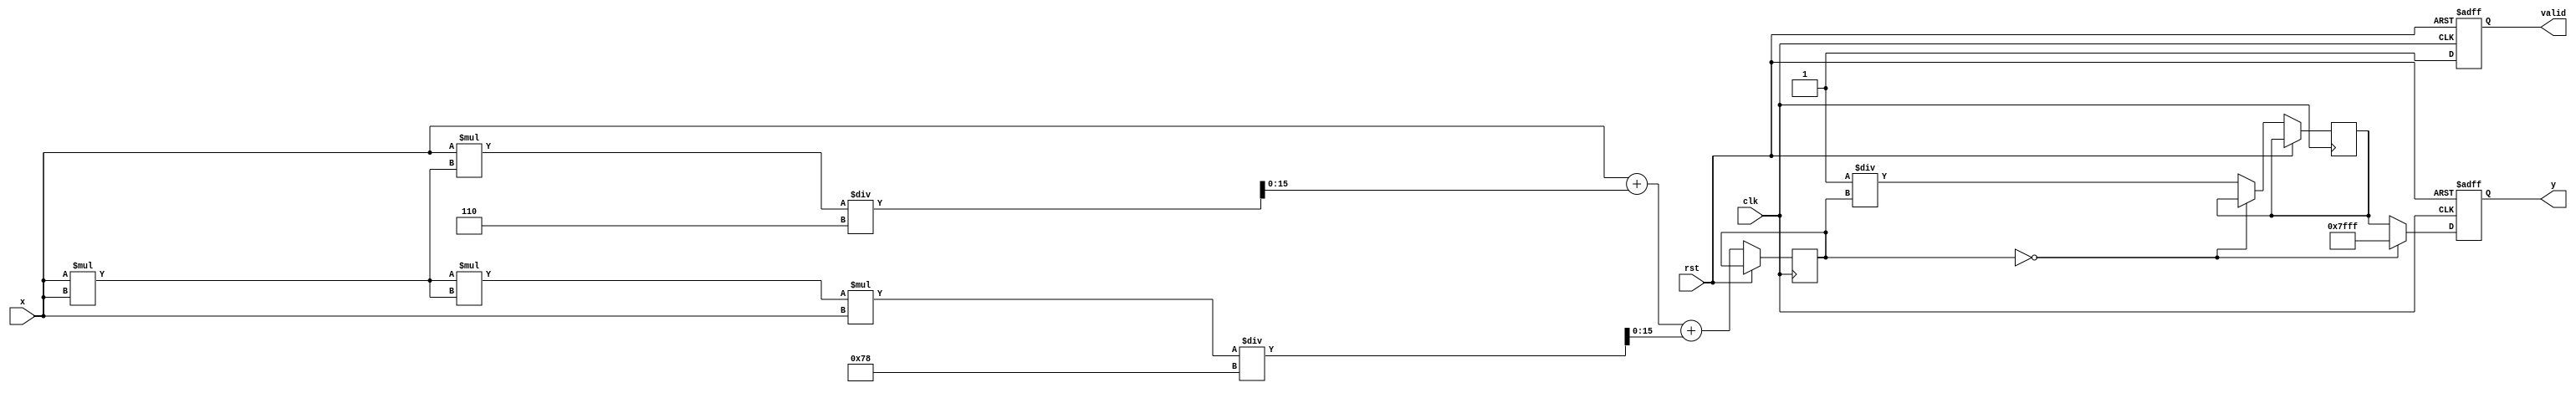
module csch (
    input wire clk,
    input wire rst,
    input wire [15:0] x, // Fixed-point input (Q1.15 format)
    output reg [15:0] y,  // Fixed-point output (Q1.15 format)
    output reg valid      // Output valid signal
);

    reg [15:0] sinh_x;   // Variable to hold sinh(x)
    reg [15:0] reciprocal; // Variable to hold 1/sinh(x)

    // Function to compute sinh using Taylor series approximation
    function [15:0] sinh_func;
        input [15:0] x;
        reg [31:0] x_sq;
        begin
            x_sq = x * x; // x^2
            // sinh(x) = x + x^3/6 + x^5/120 (up to x^5 for approximation)
            sinh_func = x + (x * x_sq) / 6 + (x_sq * x_sq * x) / 120;
        end
    endfunction

    always @(posedge clk or posedge rst) begin
        if (rst) begin
            y <= 16'h0000; // Reset output
            valid <= 1'b0; // Reset valid flag
        end else begin
            // Step 1: Compute sinh(x)
            sinh_x <= sinh_func(x);

            // Step 2: Compute csch(x) = 1/sinh(x)
            if (sinh_x == 16'h0000) begin
                // Handle undefined case (csch(0) is undefined)
                y <= 16'h7FFF; // Representing infinity or a large value
            end else begin
                reciprocal <= 16'h0001 / sinh_x; // Calculate reciprocal
                y <= reciprocal; // Assign to output
            end
            
            valid <= 1'b1; // Indicate output is valid
        end
    end

endmodule